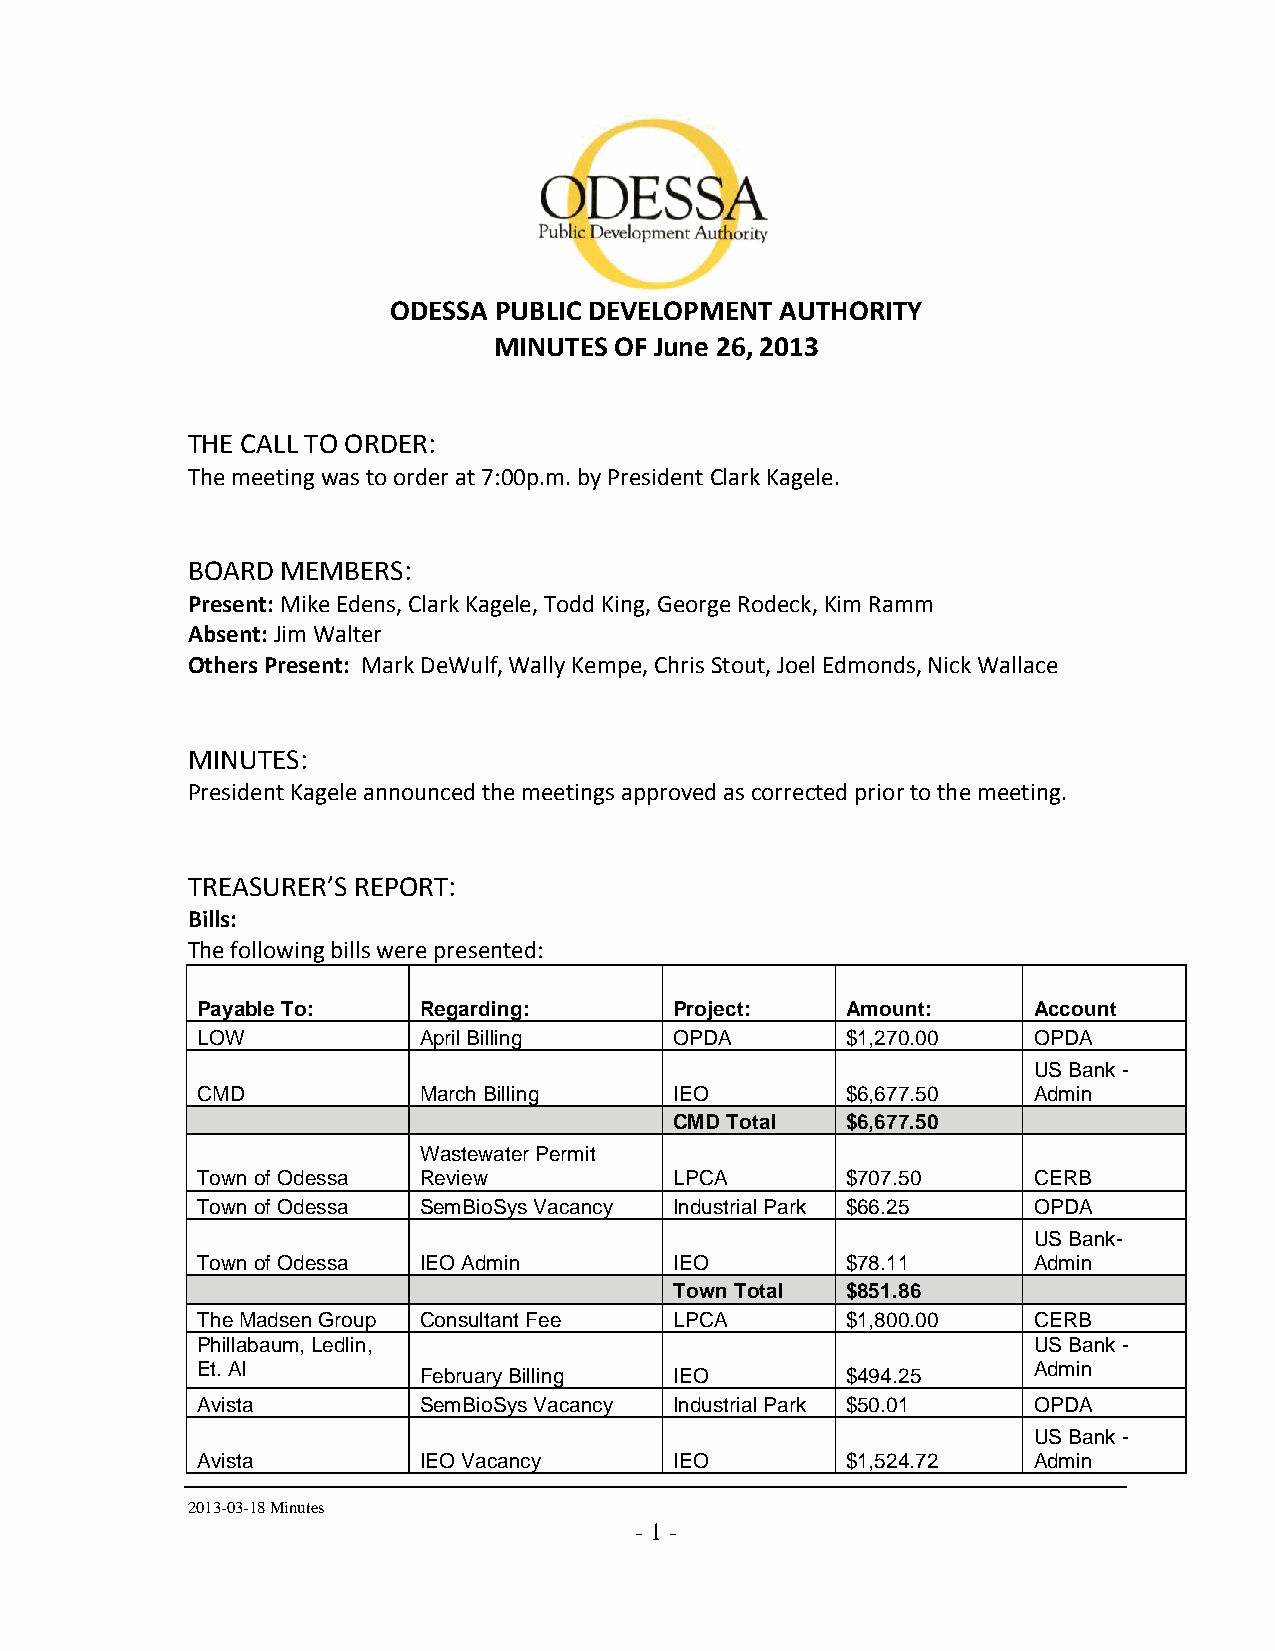
ODESSA PUBLIC DEVELOPMENT AUTHORITY
 MINUTES OF June 26, 2013
 THE CALL TO ORDER:
 The meeting was to order at 7:00p.m. by President Clark Kagele.
 BOARD  MEMBERS:
 Present: Mike Edens, Clark Kagele, Todd King, George Rodeck, Kim Ramm
 Absent: Jim Walter
 Others Present: Mark DeWulf, Wally Kempe, Chris Stout, Joel Edmonds, Nick Wallace
 MINUTES:
 President Kagele announced the meetings approved as corrected prior to the meeting.
 TREASURER’S REPORT:
 Bills:
 The following bills were presented:
 Payable To:    Regarding:       Project:   Amount:     Account
 LOW            April Billing    OPDA       $1,270.00   OPDA
 US Bank -
 CMD            March Billing    IEO        $6,677.50   Admin
 CMD Total  $6,677.50
 Wastewater Permit
 Town of Odessa Review           LPCA       $707.50     CERB
 Town of Odessa SemBioSys Vacancy Industrial Park $66.25 OPDA
 US Bank-
 Town of Odessa IEO Admin        IEO        $78.11      Admin
 Town Total $851.86
 The Madsen Group Consultant Fee LPCA       $1,800.00   CERB
 Phillabaum, Ledlin,                                    US Bank -
 Et. Al                                                 Admin
 February Billing IEO        $494.25
 Avista         SemBioSys Vacancy Industrial Park $50.01 OPDA
 US Bank -
 Avista         IEO Vacancy      IEO        $1,524.72   Admin
 2013-03-18 Minutes
 - 1 -